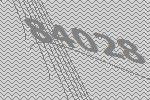
84028